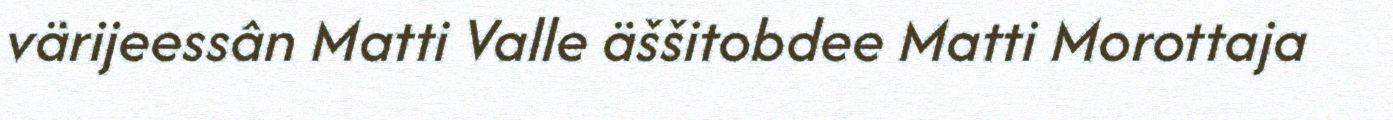
värijeessân Matti Valle äššitobdee Matti Morottaja